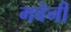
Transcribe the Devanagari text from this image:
गवेनी